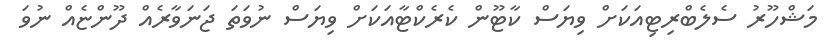
މަޝްހޫރު ސެލެބްރިޓިއަކަށް ވިޔަސް ކާޓޫން ކެރެކްޓާއަކަށް ވިޔަސް ނުވަތަ ޖަނަވާރެއް ދޫންޏެއް ނުވަ